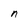
Character: n